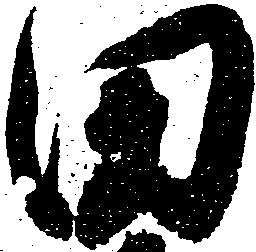
田